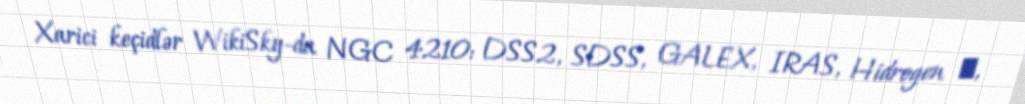
Xarici keçidlər WikiSky-da NGC 4210: DSS2, SDSS, GALEX, IRAS, Hidrogen α,